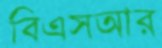
বিএসআর